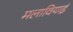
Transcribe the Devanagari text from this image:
मलावियाई